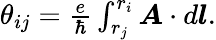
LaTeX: \begin{array}{r}{\theta_{ij}=\frac{e}{\hbar}\int_{r_{j}}^{r_{i}}\boldsymbol{A}\cdot d\boldsymbol{l}.}\end{array}